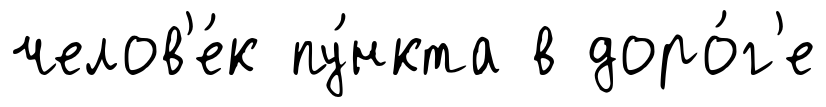
челов'е́к пу́нкта в доро́г'е